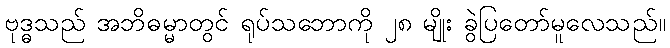
ဗုဒ္ဓသည် အဘိဓမ္မာတွင် ရုပ်သဘောကို ၂၈ မျိုး ခွဲပြတော်မူလေသည်။